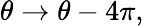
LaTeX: \theta\rightarrow\theta-4\pi,